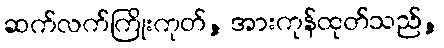
ဆက်လက်ကြိုးကုတ်, အားကုန်ထုတ်သည်,